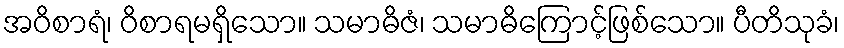
အဝိစာရံ၊ ဝိစာရမရှိသော။ သမာဓိဇံ၊ သမာဓိကြောင့်ဖြစ်သော။ ပီတိသုခံ၊